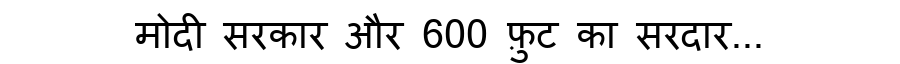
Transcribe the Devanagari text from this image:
मोदी सरकार और 600 फ़ुट का सरदार...